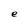
Character: e